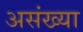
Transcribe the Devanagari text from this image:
असंख्या